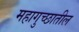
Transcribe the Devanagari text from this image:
महागुच्छातील